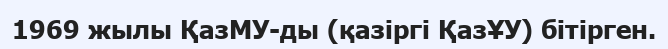
1969 жылы ҚазМУ-ды (қазіргі ҚазҰУ) бітірген.